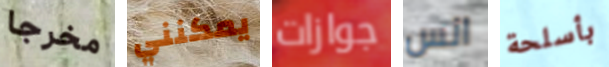
مخرجا يمكنني جوازات انس بأسلحة